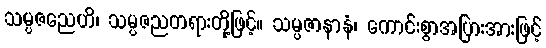
သမ္ပဇညေဟိ၊ သမ္ပဇညတရားတို့ဖြင့်။ သမ္ပဇာနာနံ၊ ကောင်းစွာအပြားအားဖြင့်